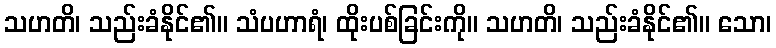
သဟတိ၊ သည်းခံနိုင်၏။ သံပဟာရံ၊ ထိုးပစ်ခြင်းကို။ သဟတိ၊ သည်းခံနိုင်၏။ သော၊